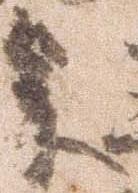
参